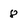
Character: 8